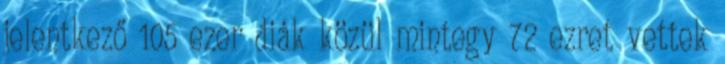
jelentkező 105 ezer diák közül mintegy 72 ezret vettek